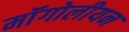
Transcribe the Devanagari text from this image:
मॉंगोलीयन